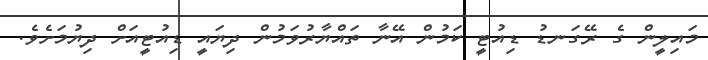
މައިލީން ގެ ރޭގަނޑު ޑިއުޓީ ކަމުން އޭނާ ތައްޔާރުވަމުން ދިޔައީ ޑިއުޓީއަށް ދިޔުމަށެވެ.